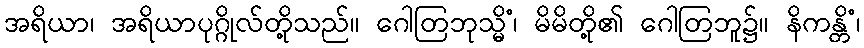
အရိယာ၊ အရိယာပုဂ္ဂိုလ်တို့သည်။ ဂေါတြဘုသ္မိံ၊ မိမိတို့၏ ဂေါတြဘူ၌။ နိကန္တိံ၊